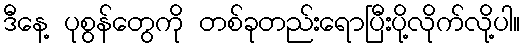
ဒီနေ့ ပုစွန်တွေကို တစ်ခုတည်းရောပြီးပို့လိုက်လို့ပါ။